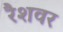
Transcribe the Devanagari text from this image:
रैशवर